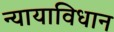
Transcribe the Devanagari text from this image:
न्यायाविधान